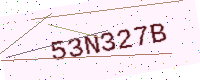
Text: 53N327B